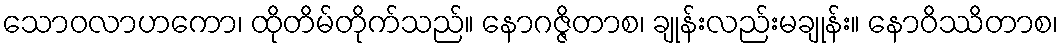
သောဝလာဟကော၊ ထိုတိမ်တိုက်သည်။ နောဂဇ္ဇိတာစ၊ ချုန်းလည်းမချုန်း။ နောဝိဿိတာစ၊